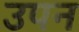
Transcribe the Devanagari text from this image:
उपन